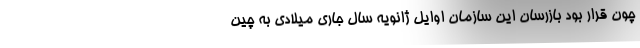
چون قرار بود بازرسان این سازمان اوایل ژانویه سال جاری میلادی به چین